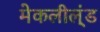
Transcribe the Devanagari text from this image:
मेकलील्ंड